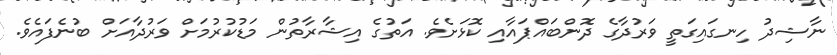
ނާޝިދު ހިނގައިގަތީ ވަރުދާގެ ދޮންބައްޕައާއި ކޮޅަށެވެ. އަތުގެ އިޝާރާތުން މަޑުކުރުމަށް ވަރުދާއަށް ބުނެފައެވެ.